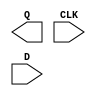
module sky130_fd_sc_lp__dfxtp (
    Q  ,
    CLK,
    D
);

    output Q  ;
    input  CLK;
    input  D  ;

    // Voltage supply signals
    supply1 VPWR;
    supply0 VGND;
    supply1 VPB ;
    supply0 VNB ;

endmodule